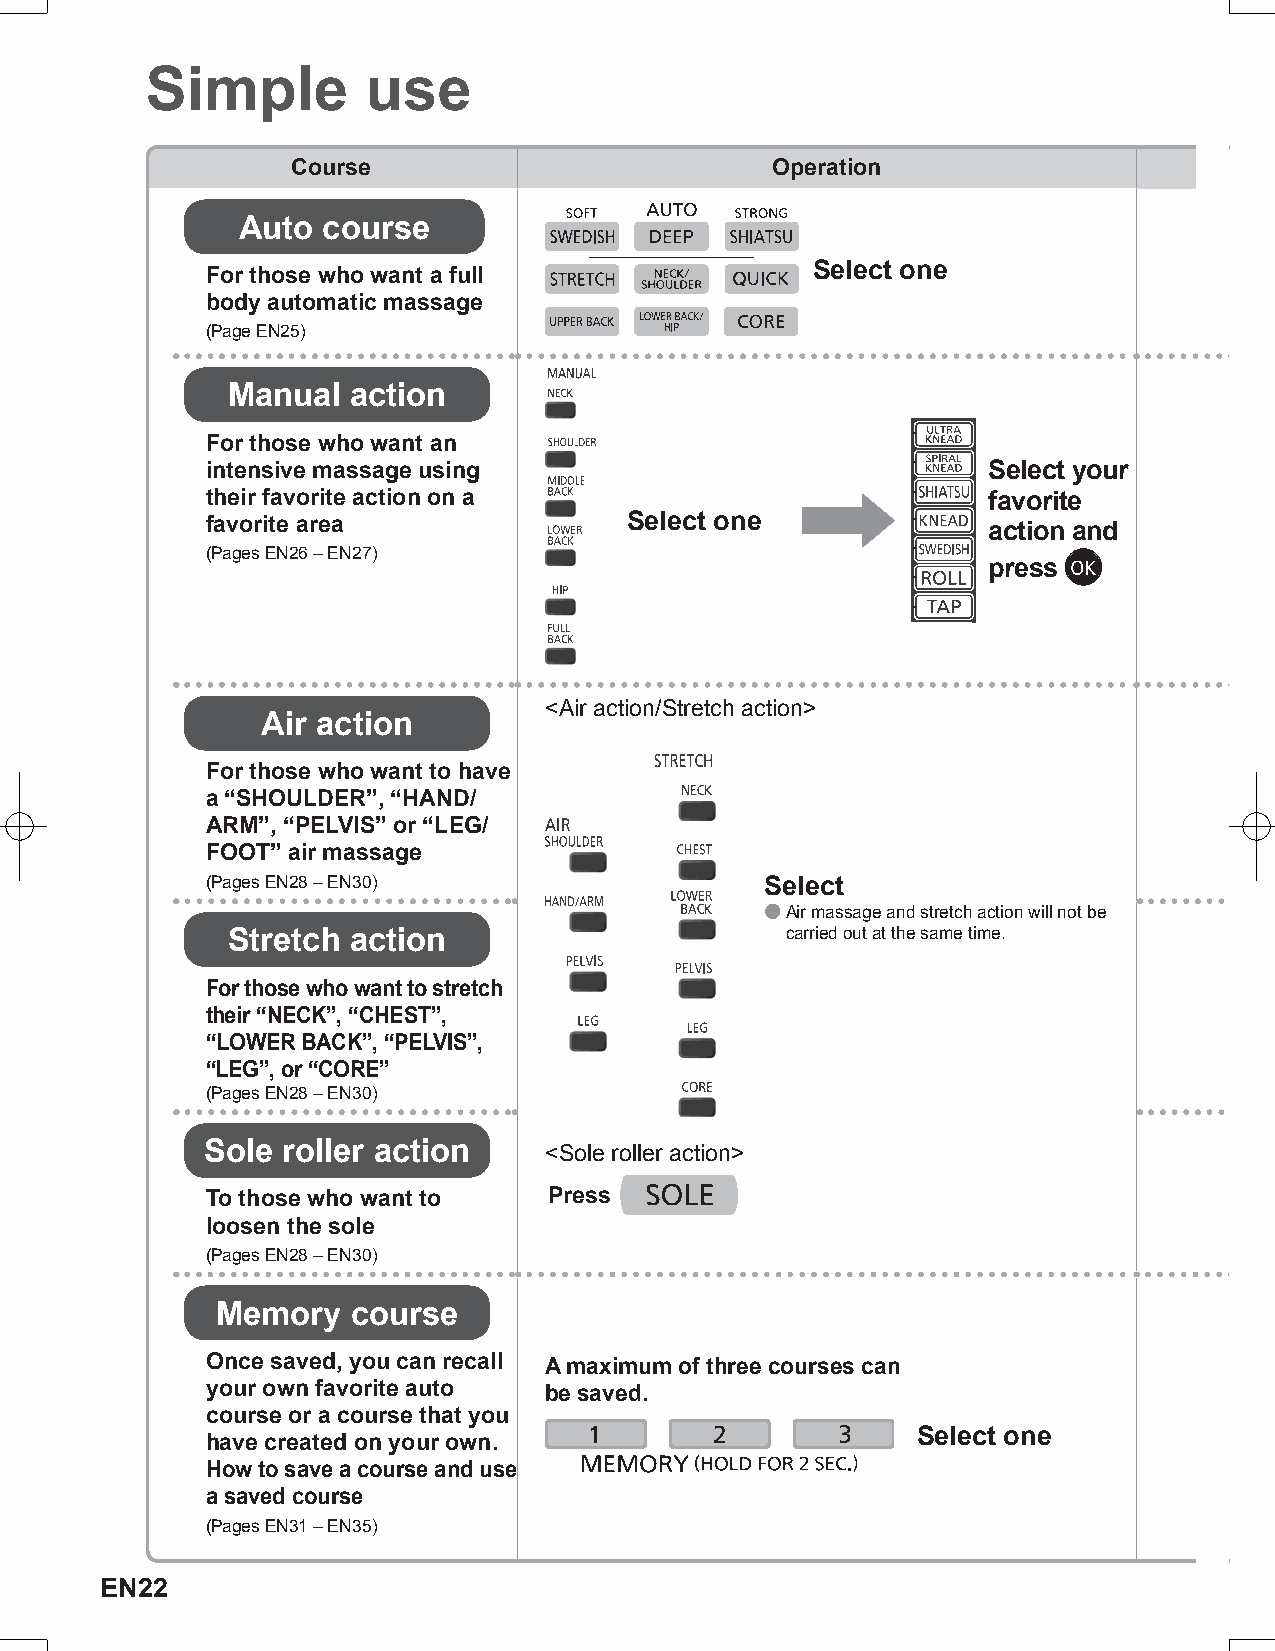
Simple        use
 Course                          Operation
 Auto course
 Select one
 For those who want a full
 body automatic massage
 (Page EN25)
 Manual  action
 For those who want an
 intensive massage using                            Select your
 their favorite action on a                         favorite
 favorite area               Select one             action and
 (Pages EN26 – EN27)
 press
 <Air action/Stretch action>
 Air action
 For those who want to have
 a “SHOULDER”, “HAND/
 ARM”, “PELVIS” or “LEG/
 FOOT” air massage
 (Pages EN28 – EN30)                  Select
 ● Air massage and stretch action will not be
 Stretch action                       carried out at the same time.
 For those who want to stretch
 their “NECK”, “CHEST”,
 “LOWER BACK”, “PELVIS”,
 “LEG”, or “CORE”
 (Pages EN28 – EN30)
 Sole roller action    <Sole roller action>
 To those who want to  Press
 loosen the sole
 (Pages EN28 – EN30)
 Memory   course
 Once saved, you can recall A maximum of three courses can
 your own favorite auto be saved.
 course or a course that you
 Select one
 have created on your own.
 How to save a course and use
 a saved course
 (Pages EN31 – EN35)
 EN22